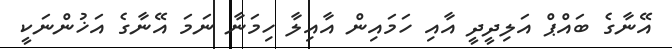
އޭނާގެ ބައްޕް އަލިދީދީ އާއި ހަމައިން އާއިލާ ހިމަނާ ނަމަ އޭނާގެ އަޚުންނަކީ